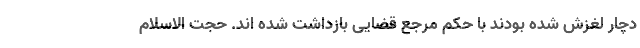
دچار لغزش شده بودند با حکم مرجع قضایی بازداشت شده اند. حجت الاسلام